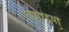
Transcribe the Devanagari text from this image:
राजाइया